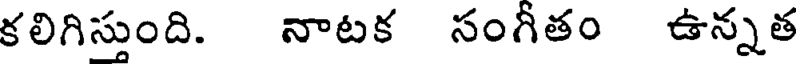
కలిగిస్తుంది. నాటక సంగీతం ఉన్నత